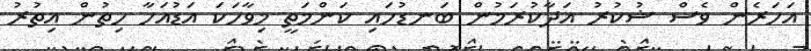
އަހަރެން ވެސް ޝުކުރު އަދާކުރަމުން ބަނޑުހައި ކަންމަތީ މިވާހަކަ އަޑުއަހާ ހިތުން އިތުރު